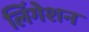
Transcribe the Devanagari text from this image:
लिंगेशन